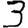
Digit: 3